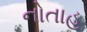
નોતાહ